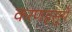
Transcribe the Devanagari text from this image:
करणहसुगे